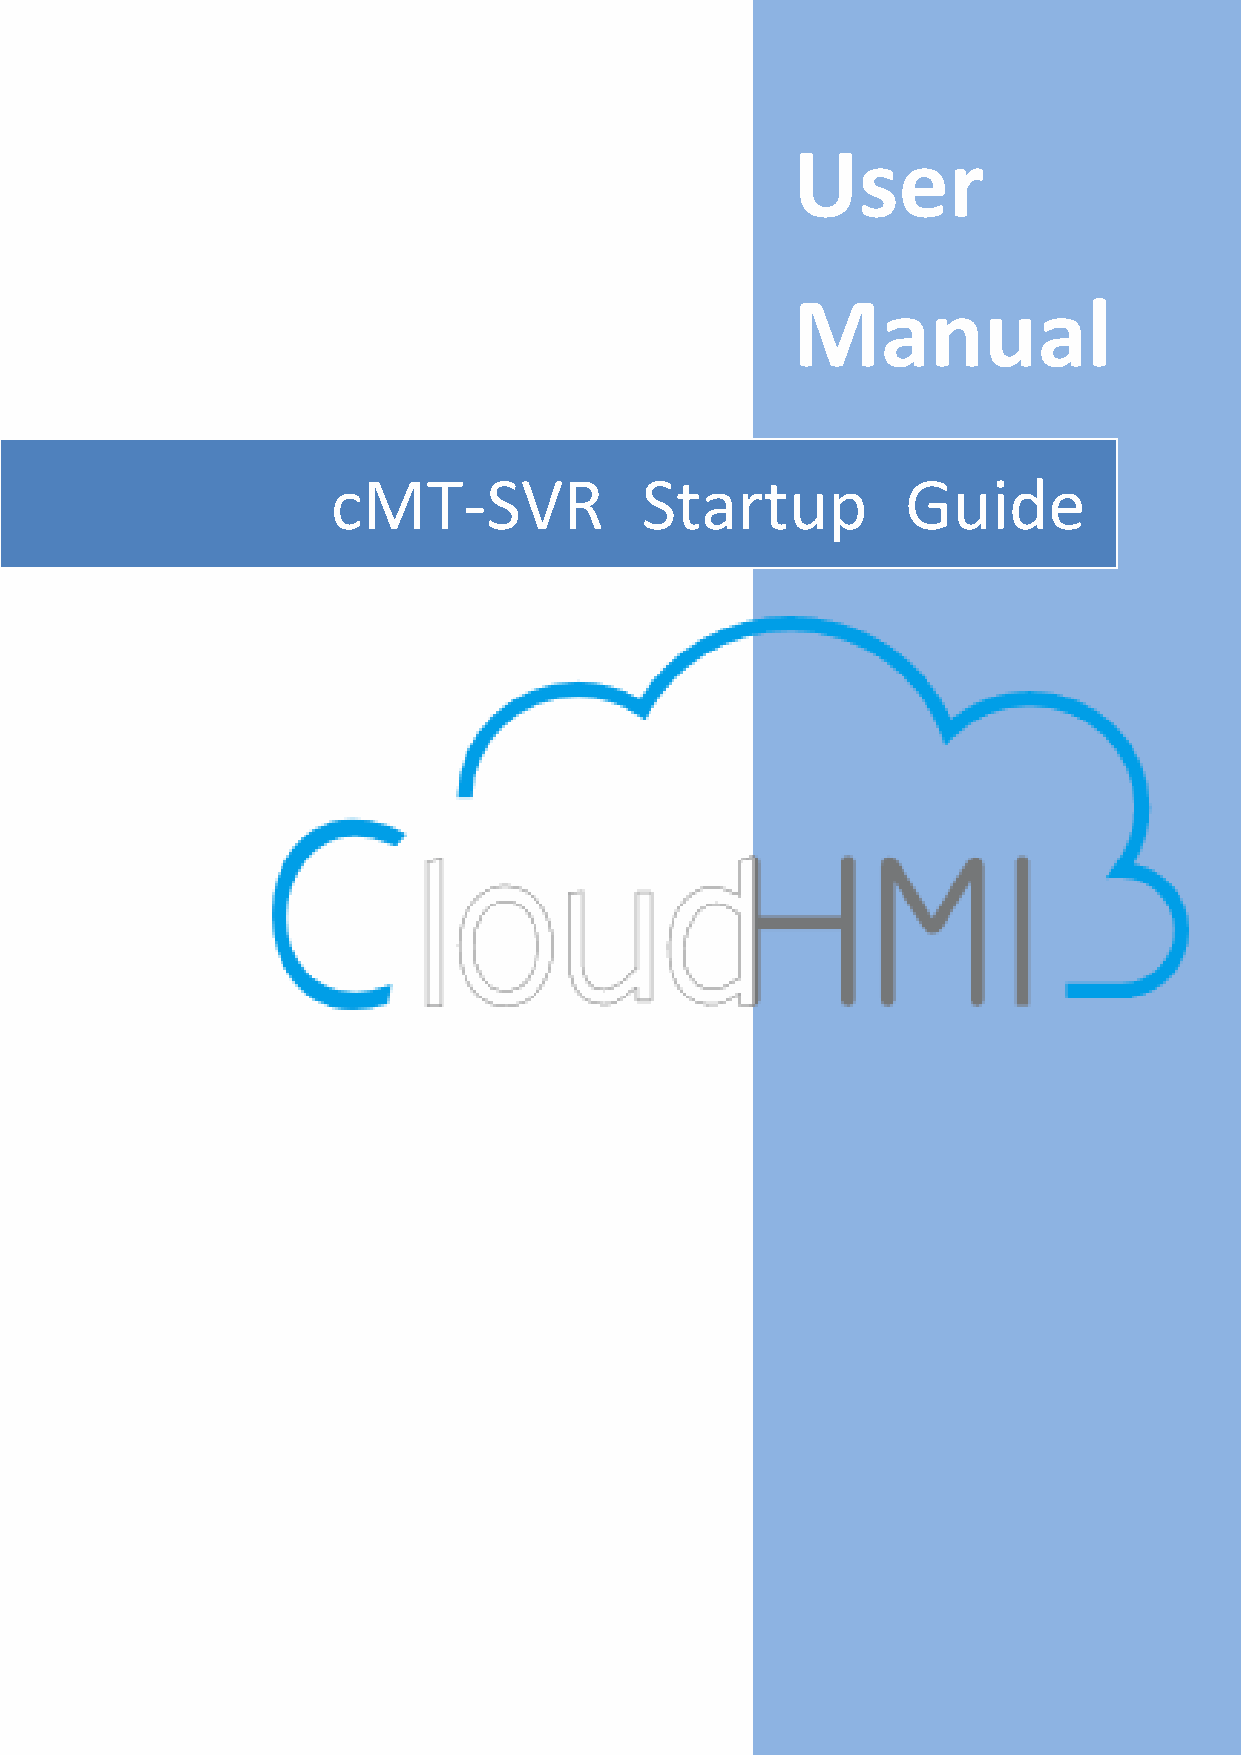
User
 Manual
 cMT-SVR             Startup           Guide